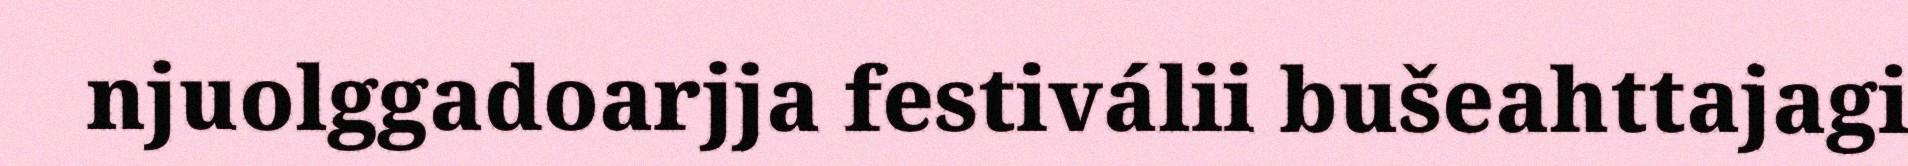
njuolggadoarjja festiválii bušeahttajagi